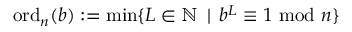
\operatorname { o r d } _ { n } ( b ) : = \operatorname* { m i n } \{ L \in \mathbb { N } \, \mid \, b ^ { L } \equiv 1 { \mathrm { ~ m o d ~ } } n \}